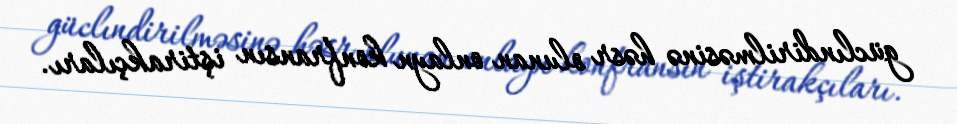
güclındirilməsinə həsr olunan onlayn konfransın iştirakçıları.